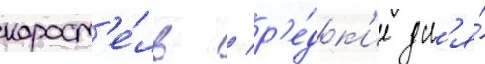
корост'е́ль / р'е́дк'ие дл'я́